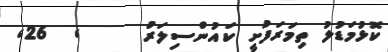
ކޮޅުމަޑުލު ތިމަރަފުށީ ކައުންސިލަރު